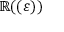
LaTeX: \mathbb { R } ( ( \varepsilon ) )